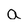
Character: a